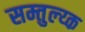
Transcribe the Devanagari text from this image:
सम्तुल्य्क